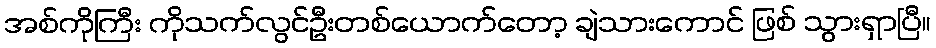
အစ်ကိုကြီး ကိုသက်လွင်ဦးတစ်ယောက်တော့ ချဲသားကောင် ဖြစ် သွားရှာပြီ။